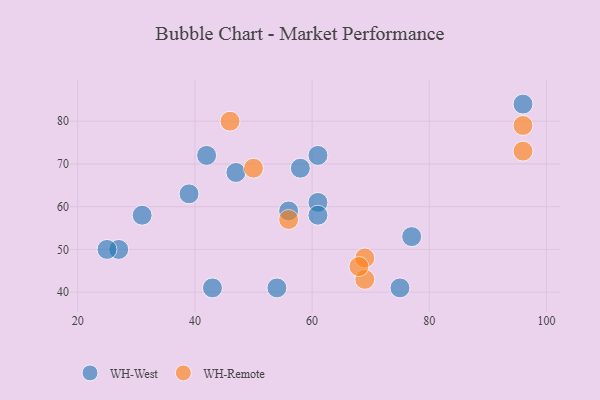
{"axis": {"x": "GDP", "y": "Life Expectancy"}, "legend": ["WH-Remote", "WH-West"], "data": [{"x": "47", "y": 68, "type": "WH-West"}, {"x": "77", "y": 53, "type": "WH-West"}, {"x": "27", "y": 50, "type": "WH-West"}, {"x": "25", "y": 50, "type": "WH-West"}, {"x": "31", "y": 58, "type": "WH-West"}, {"x": "56", "y": 59, "type": "WH-West"}, {"x": "39", "y": 63, "type": "WH-West"}, {"x": "54", "y": 41, "type": "WH-West"}, {"x": "42", "y": 72, "type": "WH-West"}, {"x": "58", "y": 69, "type": "WH-West"}, {"x": "96", "y": 84, "type": "WH-West"}, {"x": "43", "y": 41, "type": "WH-West"}, {"x": "61", "y": 61, "type": "WH-West"}, {"x": "61", "y": 72, "type": "WH-West"}, {"x": "61", "y": 58, "type": "WH-West"}, {"x": "75", "y": 41, "type": "WH-West"}, {"x": "69", "y": 48, "type": "WH-Remote"}, {"x": "50", "y": 69, "type": "WH-Remote"}, {"x": "56", "y": 57, "type": "WH-Remote"}, {"x": "69", "y": 43, "type": "WH-Remote"}, {"x": "96", "y": 79, "type": "WH-Remote"}, {"x": "96", "y": 73, "type": "WH-Remote"}, {"x": "68", "y": 46, "type": "WH-Remote"}, {"x": "46", "y": 80, "type": "WH-Remote"}]}